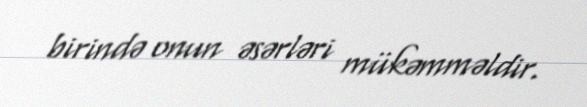
birində onun əsərləri mükəmməldir.